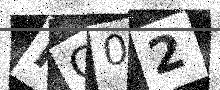
Text: KO02